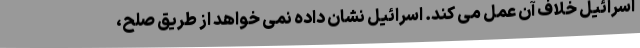
اسرائیل خلاف آن عمل می کند. اسرائیل نشان داده نمی خواهد از طریق صلح،